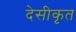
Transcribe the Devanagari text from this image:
देसीकृत